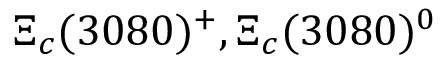
\Xi _ { c } ( 3 0 8 0 ) ^ { + } , \Xi _ { c } ( 3 0 8 0 ) ^ { 0 }